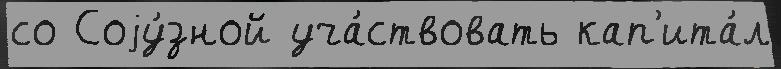
со Соjу́зной уча́ствовать кап'ита́л